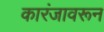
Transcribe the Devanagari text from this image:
कारंजावरून